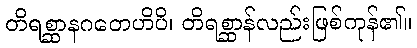
တိရစ္ဆာနဂတေဟိပိ၊ တိရစ္ဆာန်လည်းဖြစ်ကုန်၏။